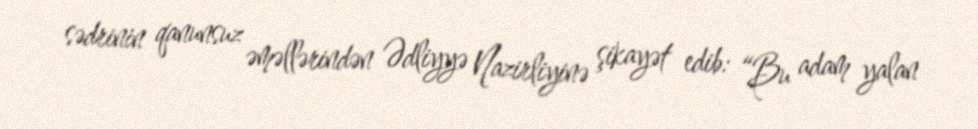
sədrinin qanunsuz əməllərindən Ədliyyə Nazirliyinə şikayət edib: “Bu adam yalan